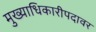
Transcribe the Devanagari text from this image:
मुख्याधिकारीपदावर